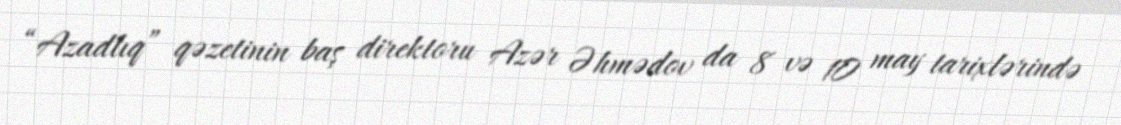
“Azadlıq” qəzetinin baş direktoru Azər Əhmədov da 8 və 10 may tarixlərində